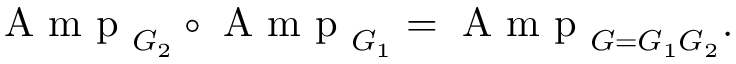
\mathrm { ~ A ~ m ~ p ~ } _ { G _ { 2 } } \circ \mathrm { ~ A ~ m ~ p ~ } _ { G _ { 1 } } = \mathrm { ~ A ~ m ~ p ~ } _ { G = G _ { 1 } G _ { 2 } } .